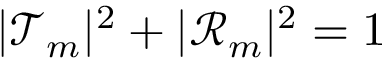
| \mathcal { T } _ { m } | ^ { 2 } + | \mathcal { R } _ { m } | ^ { 2 } = 1